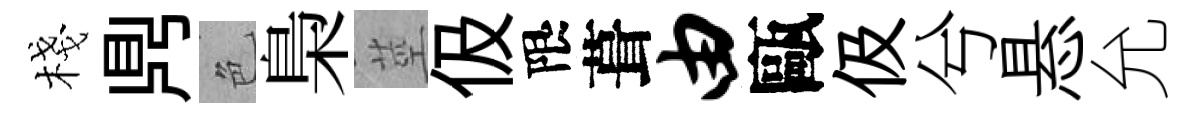
棧𪔂色梟莖伋限葺由甌伋兮悬允